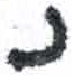
אות: נ